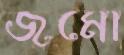
জমো